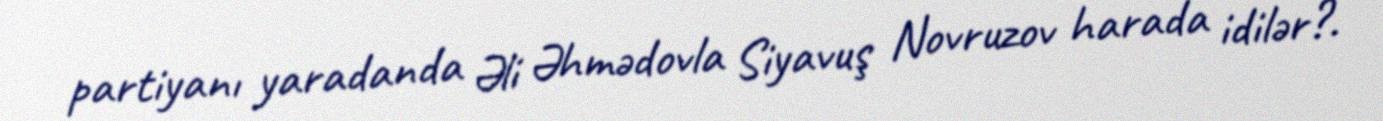
partiyanı yaradanda Əli Əhmədovla Siyavuş Novruzov harada idilər?.